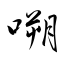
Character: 嗍